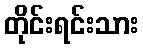
တိုင်းရင်းသား